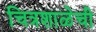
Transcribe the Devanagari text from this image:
चित्रशाळेची